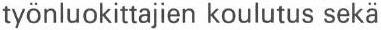
työnluokittajien koulutus sekä